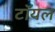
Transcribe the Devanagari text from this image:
टॉयल